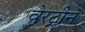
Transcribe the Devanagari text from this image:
वेरट्रीन